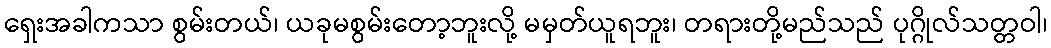
ရှေးအခါကသာ စွမ်းတယ်၊ ယခုမစွမ်းတော့ဘူးလို့ မမှတ်ယူရဘူး၊ တရားတို့မည်သည် ပုဂ္ဂိုလ်သတ္တဝါ၊